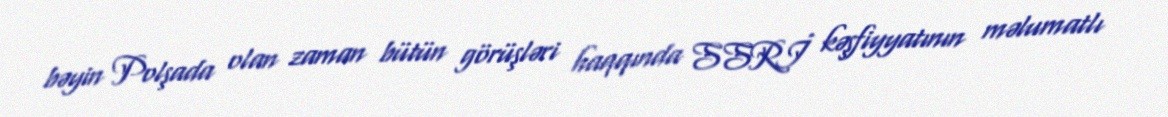
bəyin Polşada olan zaman bütün görüşləri haqqında SSRİ kəşfiyyatının məlumatlı